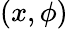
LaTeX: \left(x,\phi\right)